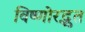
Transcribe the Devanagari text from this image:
विष्णोरद्भुत